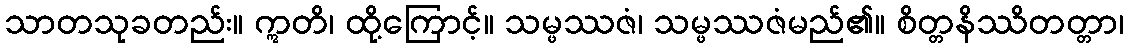
သာတသုခတည်း။ ဣတိ၊ ထို့ကြောင့်။ သမ္ဖဿဇံ၊ သမ္ဖဿဇံမည်၏။ စိတ္တနိဿိတတ္တာ၊